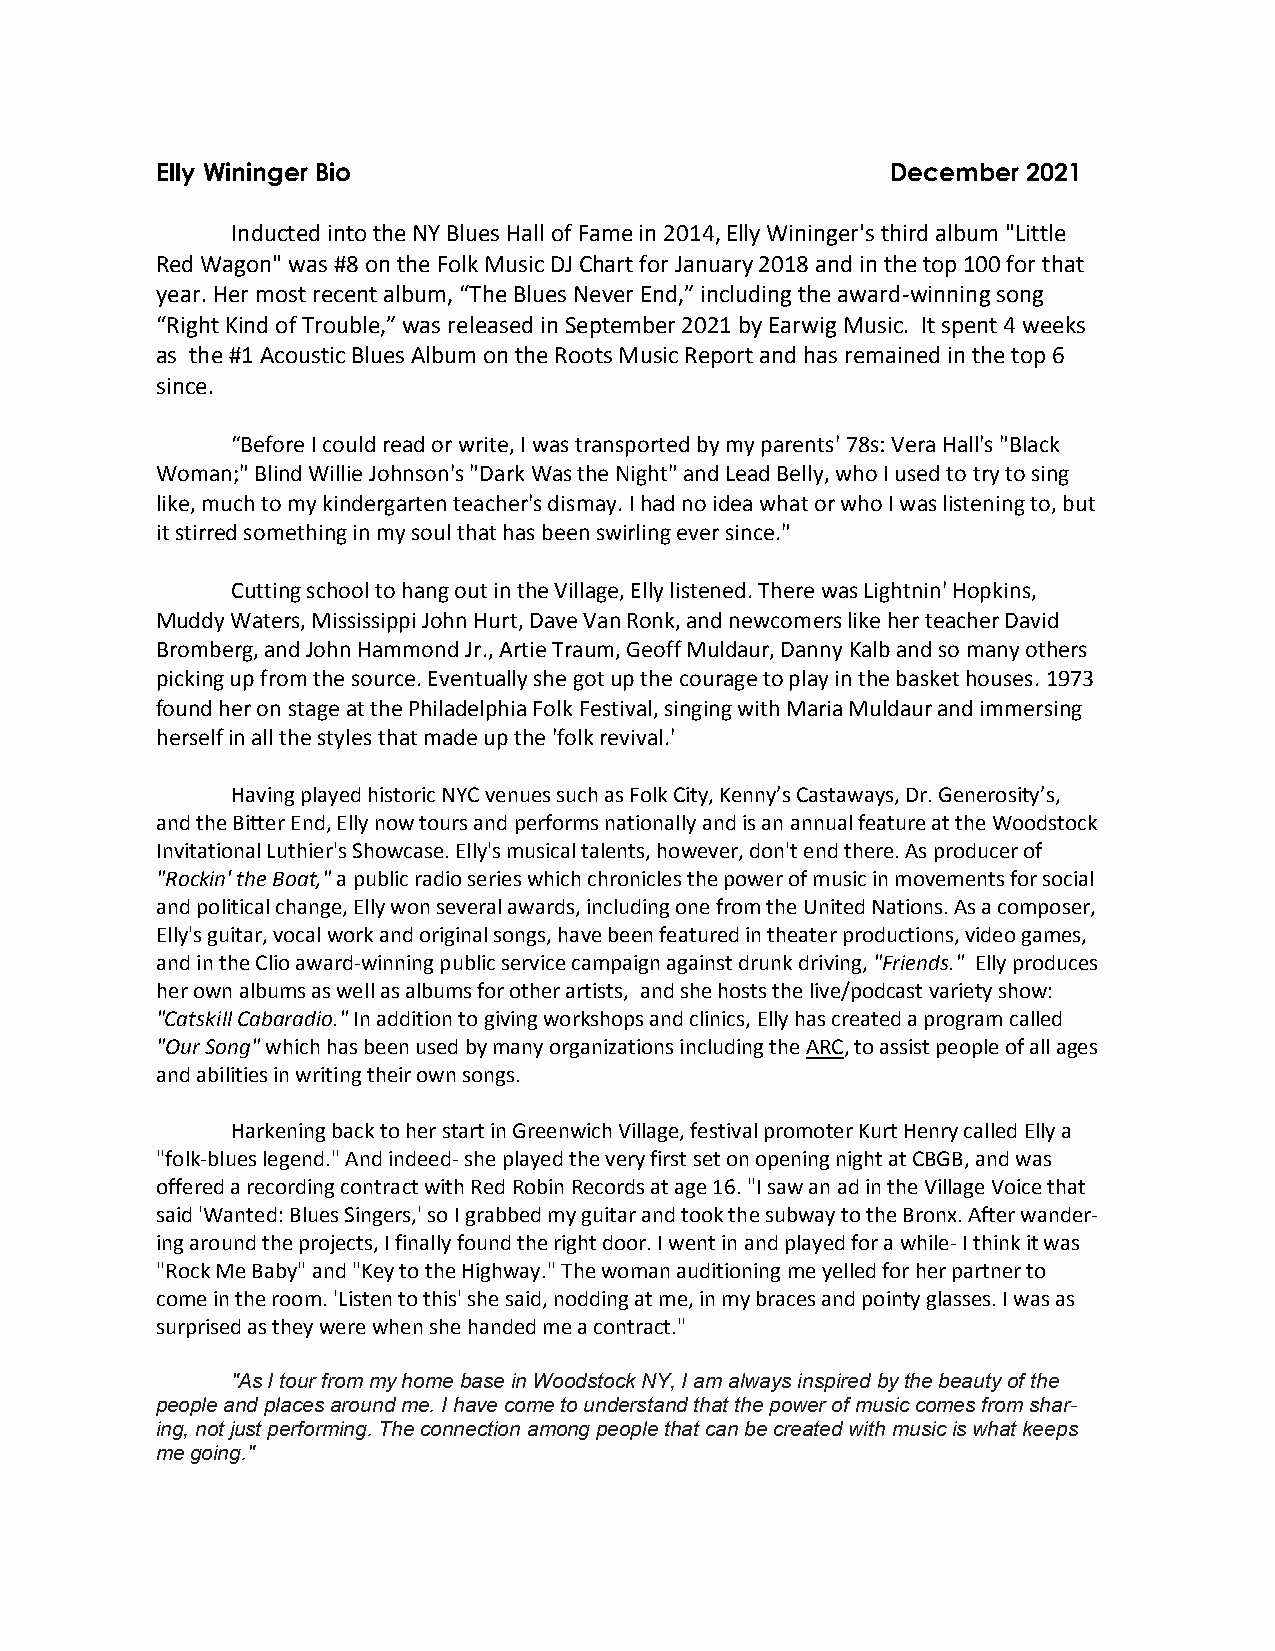
Elly Wininger Bio                                December 2021
 Inducted into the NY Blues Hall of Fame in 2014, Elly Wininger's third album "Little
 Red Wagon" was #8 on the Folk Music DJ Chart for January 2018 and in the top 100 for that
 year. Her most recent album, “The Blues Never End,” including the award-winning song
 “Right Kind of Trouble,” was released in September 2021 by Earwig Music. It spent 4 weeks
 as the #1 Acoustic Blues Album on the Roots Music Report and has remained in the top 6
 since.
 “Before I could read or write, I was transported by my parents' 78s: Vera Hall's "Black
 Woman;" Blind Willie Johnson's "Dark Was the Night" and Lead Belly, who I used to try to sing
 like, much to my kindergarten teacher's dismay. I had no idea what or who I was listening to, but
 it stirred something in my soul that has been swirling ever since."
 Cutting school to hang out in the Village, Elly listened. There was Lightnin' Hopkins,
 Muddy Waters, Mississippi John Hurt, Dave Van Ronk, and newcomers like her teacher David
 Bromberg, and John Hammond Jr., Artie Traum, Geoff Muldaur, Danny Kalb and so many others
 picking up from the source. Eventually she got up the courage to play in the basket houses. 1973
 found her on stage at the Philadelphia Folk Festival, singing with Maria Muldaur and immersing
 herself in all the styles that made up the 'folk revival.'
 Having played historic NYC venues such as Folk City, Kenny’s Castaways, Dr. Generosity’s,
 and the Bitter End, Elly now tours and performs nationally and is an annual feature at the Woodstock
 Invitational Luthier's Showcase. Elly's musical talents, however, don't end there. As producer of
 "Rockin' the Boat," a public radio series which chronicles the power of music in movements for social
 and political change, Elly won several awards, including one from the United Nations. As a composer,
 Elly's guitar, vocal work and original songs, have been featured in theater productions, video games,
 and in the Clio award-winning public service campaign against drunk driving, "Friends." Elly produces
 her own albums as well as albums for other artists, and she hosts the live/podcast variety show:
 "Catskill Cabaradio." In addition to giving workshops and clinics, Elly has created a program called
 "Our Song" which has been used by many organizations including the ARC, to assist people of all ages
 and abilities in writing their own songs.
 Harkening back to her start in Greenwich Village, festival promoter Kurt Henry called Elly a
 "folk-blues legend." And indeed- she played the very first set on opening night at CBGB, and was
 offered a recording contract with Red Robin Records at age 16. "I saw an ad in the Village Voice that
 said 'Wanted: Blues Singers,' so I grabbed my guitar and took the subway to the Bronx. After wander-
 ing around the projects, I finally found the right door. I went in and played for a while- I think it was
 "Rock Me Baby" and "Key to the Highway." The woman auditioning me yelled for her partner to
 come in the room. 'Listen to this' she said, nodding at me, in my braces and pointy glasses. I was as
 surprised as they were when she handed me a contract."
 "As I tour from my home base in Woodstock NY, I am always inspired by the beauty of the
 people and places around me. I have come to understand that the power of music comes from shar-
 ing, not just performing. The connection among people that can be created with music is what keeps
 me going."